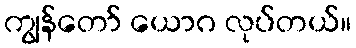
ကျွန်တော် ယောဂ လုပ်တယ်။